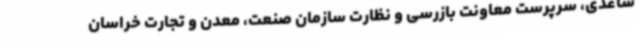
ساعدی، سرپرست معاونت بازرسی و نظارت سازمان صنعت، معدن و تجارت خراسان